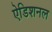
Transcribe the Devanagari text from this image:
ऐडिशनल